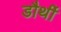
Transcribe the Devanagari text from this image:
डौर्थी